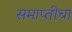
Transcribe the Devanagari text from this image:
समाप्तीचा